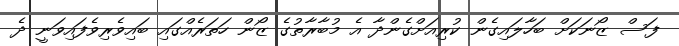
ފަސް ޒޯނަކަށް ބަހާލައިގެން ކުރިއަށްގެންދާ އެ މުބާރާތުގެ ޒޯން ހަތަރެއްގައި ބައިވެރިވެފައިވަނީ ދެ